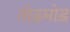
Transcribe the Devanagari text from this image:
तोड़मोड़